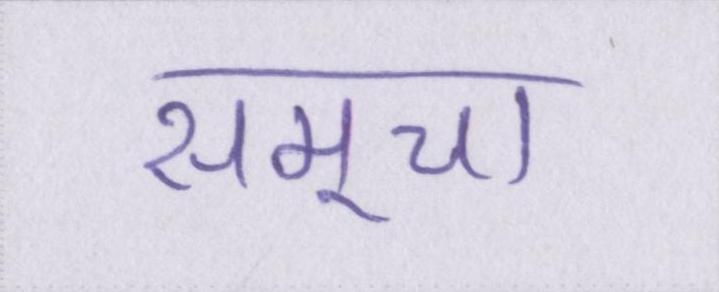
समूचा